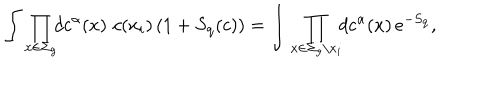
\int \prod _ { x \in \Sigma _ { g } } \! \! d c ^ { \alpha } ( x ) \, \, c ( x _ { i } ) \left( 1 + S _ { \mathrm { q } } ( c ) \right) = \int \prod _ { x \in \Sigma _ { g } \setminus x _ { i } } \! \! d c ^ { \alpha } ( x ) \, e ^ { - S _ { \mathrm { q } } } ,